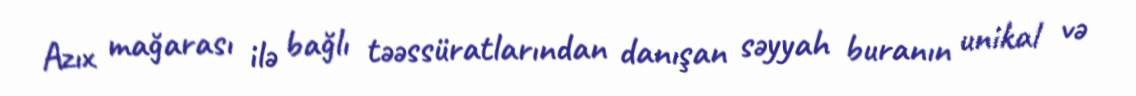
Azıx mağarası ilə bağlı təəssüratlarından danışan səyyah buranın unikal və